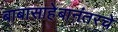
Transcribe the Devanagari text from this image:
बाबासाहेबानंतरचे